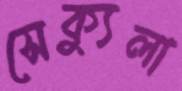
সেক্যুলা